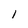
Character: 1